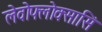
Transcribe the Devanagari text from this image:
लेवोफ्लोक्सासिं